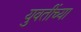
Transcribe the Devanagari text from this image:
युवतींच्या